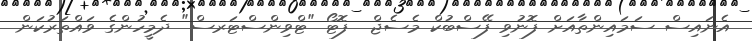
އެނައިސް ސަމައިންތާއަށް ފޮނުވި ފޭސްބުކް މެސެޖް  ފޮޓޯ "ޓްވިންސްޓަރސް" ދެމީހުންގެ ވައްތަރުކަން